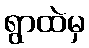
ရွာထဲမှ